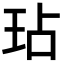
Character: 玷